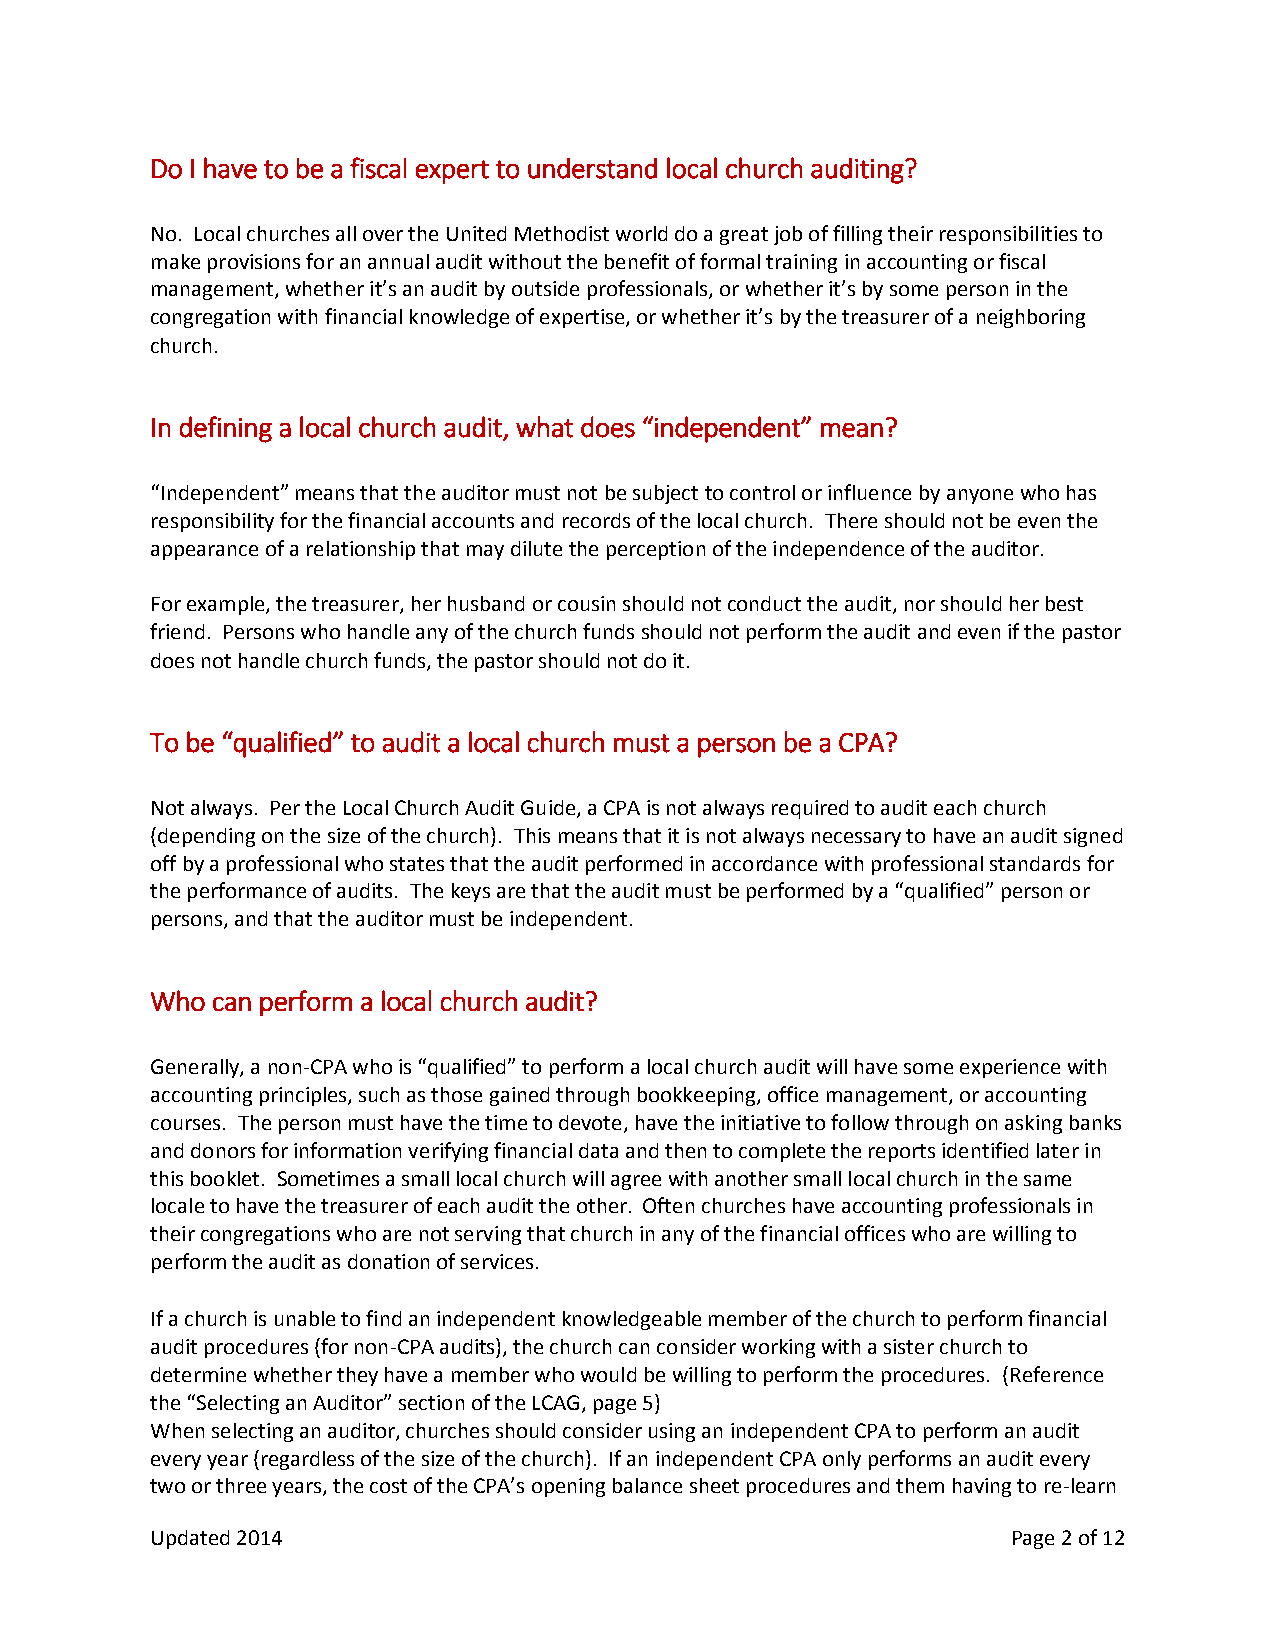
Do I have to be a fiscal expert to understand local church auditing?
 No. Local churches all over the United Methodist world do a great job of filling their responsibilities to
 make provisions for an annual audit without the benefit of formal training in accounting or fiscal
 management, whether it’s an audit by outside professionals, or whether it’s by some person in the
 congregation with financial knowledge of expertise, or whether it’s by the treasurer of a neighboring
 church.
 In defining a local church audit, what does “independent” mean?
 “Independent” means that the auditor must not be subject to control or influence by anyone who has
 responsibility for the financial accounts and records of the local church. There should not be even the
 appearance of a relationship that may dilute the perception of the independence of the auditor.
 For example, the treasurer, her husband or cousin should not conduct the audit, nor should her best
 friend. Persons who handle any of the church funds should not perform the audit and even if the pastor
 does not handle church funds, the pastor should not do it.
 To be “qualified” to audit a local church must a person be a CPA?
 Not always. Per the Local Church Audit Guide, a CPA is not always required to audit each church
 (depending on the size of the church). This means that it is not always necessary to have an audit signed
 off by a professional who states that the audit performed in accordance with professional standards for
 the performance of audits. The keys are that the audit must be performed by a “qualified” person or
 persons, and that the auditor must be independent.
 Who can perform a local church audit?
 Generally, a non-CPA who is “qualified” to perform a local church audit will have some experience with
 accounting principles, such as those gained through bookkeeping, office management, or accounting
 courses. The person must have the time to devote, have the initiative to follow through on asking banks
 and donors for information verifying financial data and then to complete the reports identified later in
 this booklet. Sometimes a small local church will agree with another small local church in the same
 locale to have the treasurer of each audit the other. Often churches have accounting professionals in
 their congregations who are not serving that church in any of the financial offices who are willing to
 perform the audit as donation of services.
 If a church is unable to find an independent knowledgeable member of the church to perform financial
 audit procedures (for non-CPA audits), the church can consider working with a sister church to
 determine whether they have a member who would be willing to perform the procedures. (Reference
 the “Selecting an Auditor” section of the LCAG, page 5)
 When selecting an auditor, churches should consider using an independent CPA to perform an audit
 every year (regardless of the size of the church). If an independent CPA only performs an audit every
 two or three years, the cost of the CPA’s opening balance sheet procedures and them having to re-learn
 Updated 2014                                             Page 2 of 12